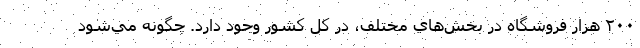
٢٠٠ هزار فروشگاه در بخش‌هاي مختلف، در كل كشور وجود دارد. چگونه مي‌شود